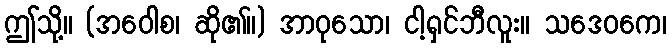
ဤသို့။ (အဝေါစ၊ ဆို၏။) အာဝုသော၊ ငါ့ရှင်ဘီလူး။ သဒေဝကေ၊